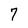
Character: 7